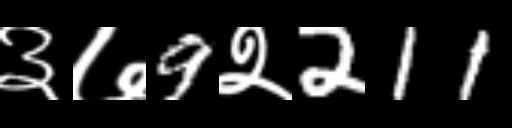
Text: ३७9२211